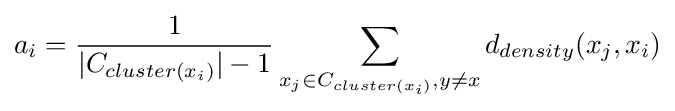
a_{i}={\frac {1}{|C_{cluster(x_{i})}|-1}}\sum _{x_{j}\in C_{cluster(x_{i})},y\neq x}d_{density}(x_{j},x_{i})